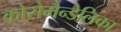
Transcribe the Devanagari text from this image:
कोरोमैन्डेलिका